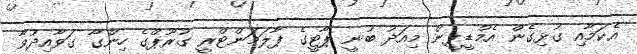
އެކަމާއި ގުޅިގެން އެމްޑީޕީން މިއަދު ބުނީ ޕާޓީގެ ޕާލަމަންޓްރީ ގުރޫޕްގެ ހިންގާ ގަވާއިދުވާ